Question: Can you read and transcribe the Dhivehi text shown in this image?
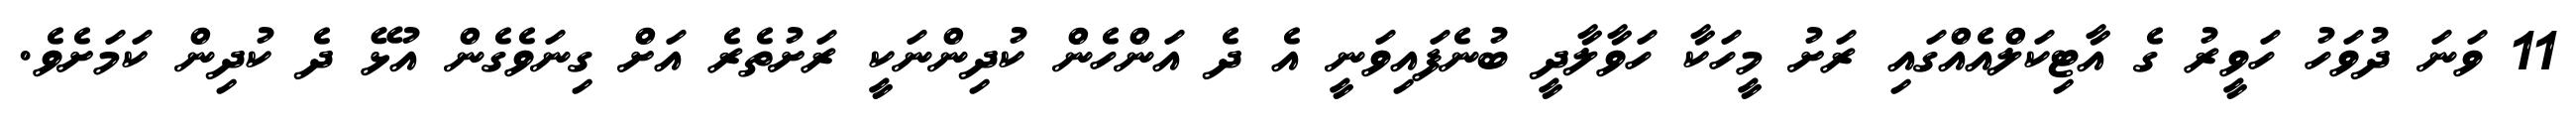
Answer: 11 ވަނަ ދުވަހު ހަވީރު ގެ އާޓިކަލްއެއްގައި ރަށު މީހަކާ ހަވާލާދީ ބުނެފައިވަނީ އެ ދެ އަންހެން ކުދިންނަކީ ރަށުތެރެ އަށް ގިނަވެގެން އުޅޭ ދެ ކުދިން ކަމަށެވެ.